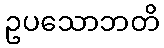
ဥပသောဘတိ